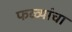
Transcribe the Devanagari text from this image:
फळ्यांचा